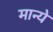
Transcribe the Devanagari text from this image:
मान्ये